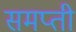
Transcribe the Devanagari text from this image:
समप्ती